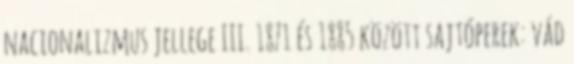
nacionalizmus jellege III. 1871 és 1885 között sajtóperek: vád